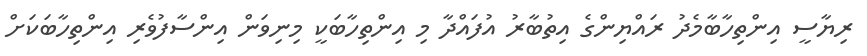
ރިޔާސީ އިންތިހާބާމެދު ރައްޔިންގެ އިތުބާރު އުފައްދާ މި އިންތިހާބަކީ މިނިވަން އިންސާފުވެރި އިންތިހާބަކަށް